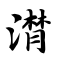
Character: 潸